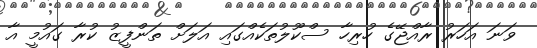
ވަނަ އަހަރު ރާއްޖޭގެ ހުރިހާ ސްކޫލުތަކެއްގައި އަލަށް ތަންފީޒު ކުރާ ގައުމީ އާ